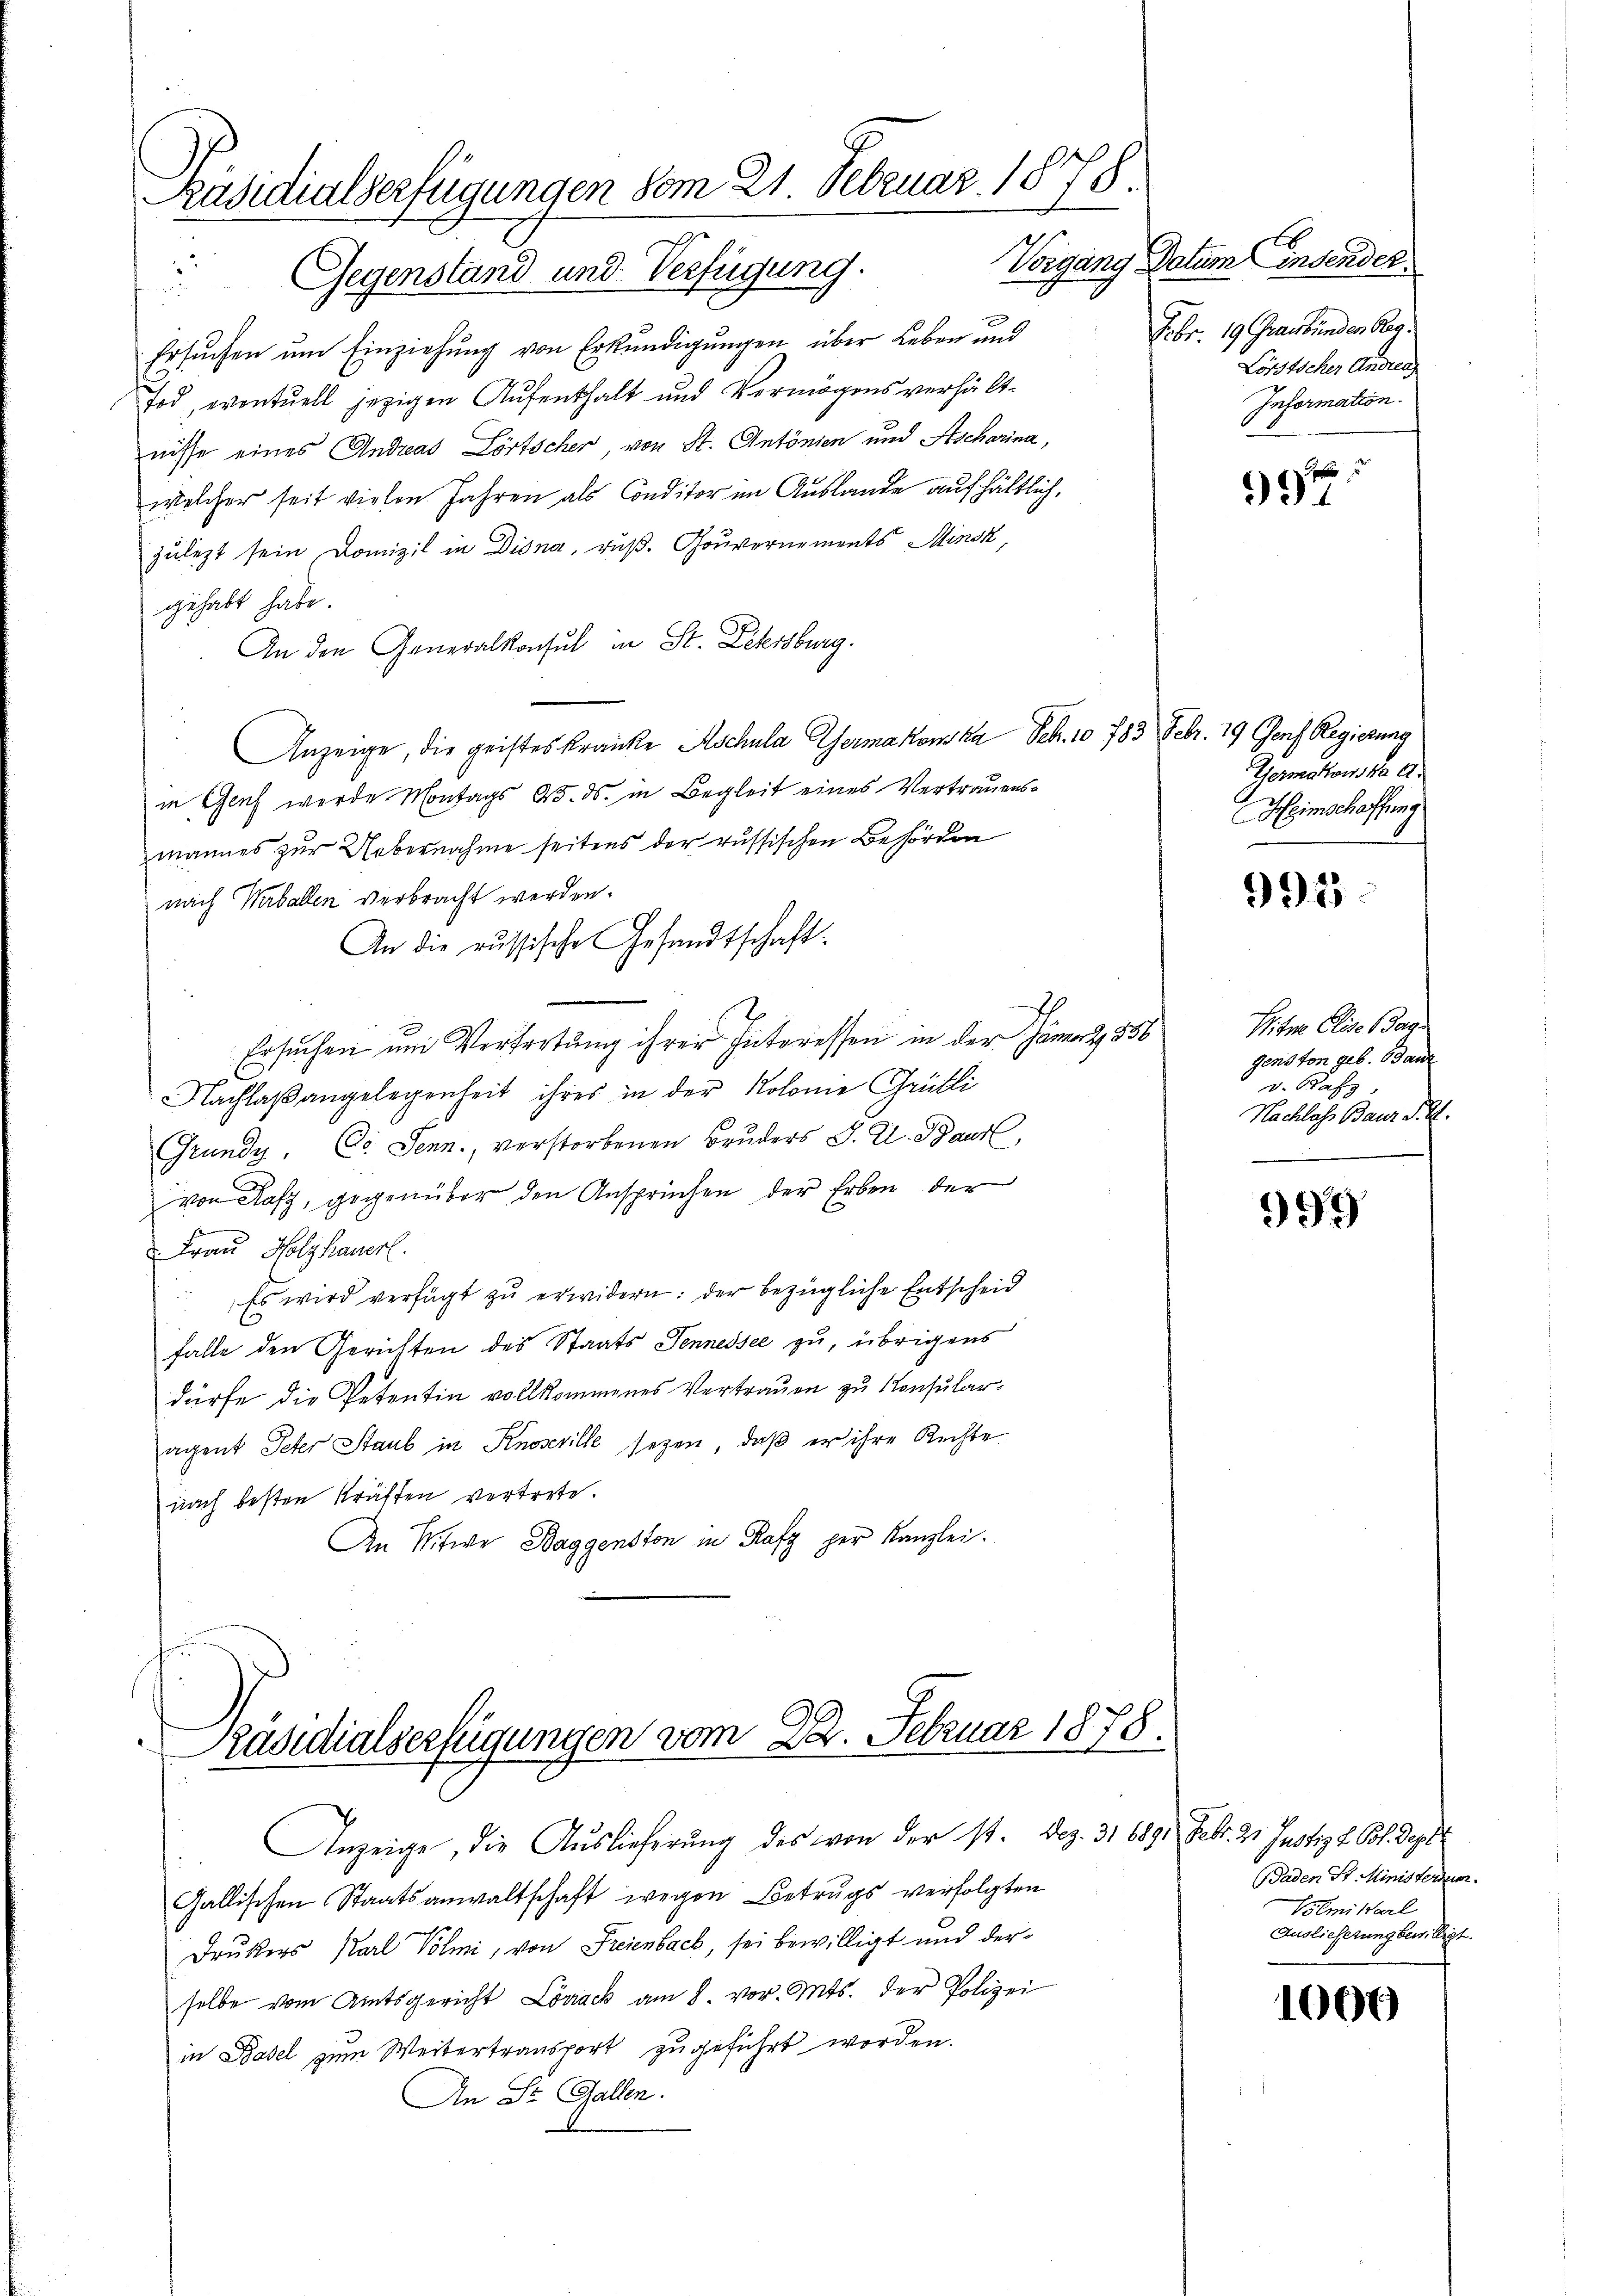
Präsidialverfügungen vom 21. Februar 1878.
Gegenstand und Verfügung.

Ersuchen um Einziehung von Erkundigungen über Leben und
Tod, eventuell jezigen Aufenthalt und Vermögensverhältnisse eines Andreas Lörtscher von St. Antönien und Ascharina,
welcher seit vielen Jahren als Conditor im Auslande aufhältlich,
zulezt sein Domizil in Disna, ruß. Gouvernements Minsk
gehabt habe.
An den Generalkonsul in St. Lehrsburg.
Anzeige, die geistes Kranke Aschula Germakowska Feb. 10 783 Febr. 19 Genf Regierung
in Genf wurde Montags 4. ds. in Begleit eines Vertrauensmannes zur Uebernahme seitens der russischen Behörden
nach Verballen verbracht werden.
An die russische Gesandtschaft.
Ersuchen um Vertretung ihrer Interessen in der Jännert. 856
Nachlaßangelegenheit ihres in der Kolonie Grütli
Grundy. Co. Jenn., verstorbenen Bruders J. U. Baur,
von Rafz, gegenüber den Ansprüchen der Erben der
v. Frau Holzhauerl
Es wird verfügt zŭ erwidern: der bezügliche Entscheid
falle den Gerichten des Staats Jennessee zu, übrigens
dürfe die Petentin vollkommenes Vertrauen zu Konsularagent Peter Staub in Knoseville sezen, daß er ihre Rechte
nach besten Kräften vertrete.
An Witwe Baggenston in Rafz per Kanzlei.
Präsidialserfügungen vom 22. Februar 1878.

Drukers Karl Polmi, von Freienbach, sei bewilligt und derselbe vom Amtsgericht Lönack am 8. vor. Mts. der Polizei
in Basel zum Weitertransport zugeführt worden.
An St. Gallen.

Gallischen Staatsanwaltschaft wegen Betrugs verfolgten

Anzeige, die Auslieferung des von der st. Dez. 31 1891 Febr. 21. Justiz & Pol. Septe

Vorgang Datum indender
Febr. 19. Graubünder Reg
Lörstscher Andreaz
Information.

94

Germakowska d.
Heimschaffung

995

Witwe Elise Geg
genston geb. Bauz
 v. Rafz,
Nachlass Baur P. R.

999

Baden St. Ministerium.
Blmiarl
Auslieferung bewilligt.

1000